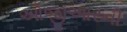
ઓજીઆરની